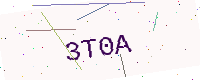
Text: 3T0A